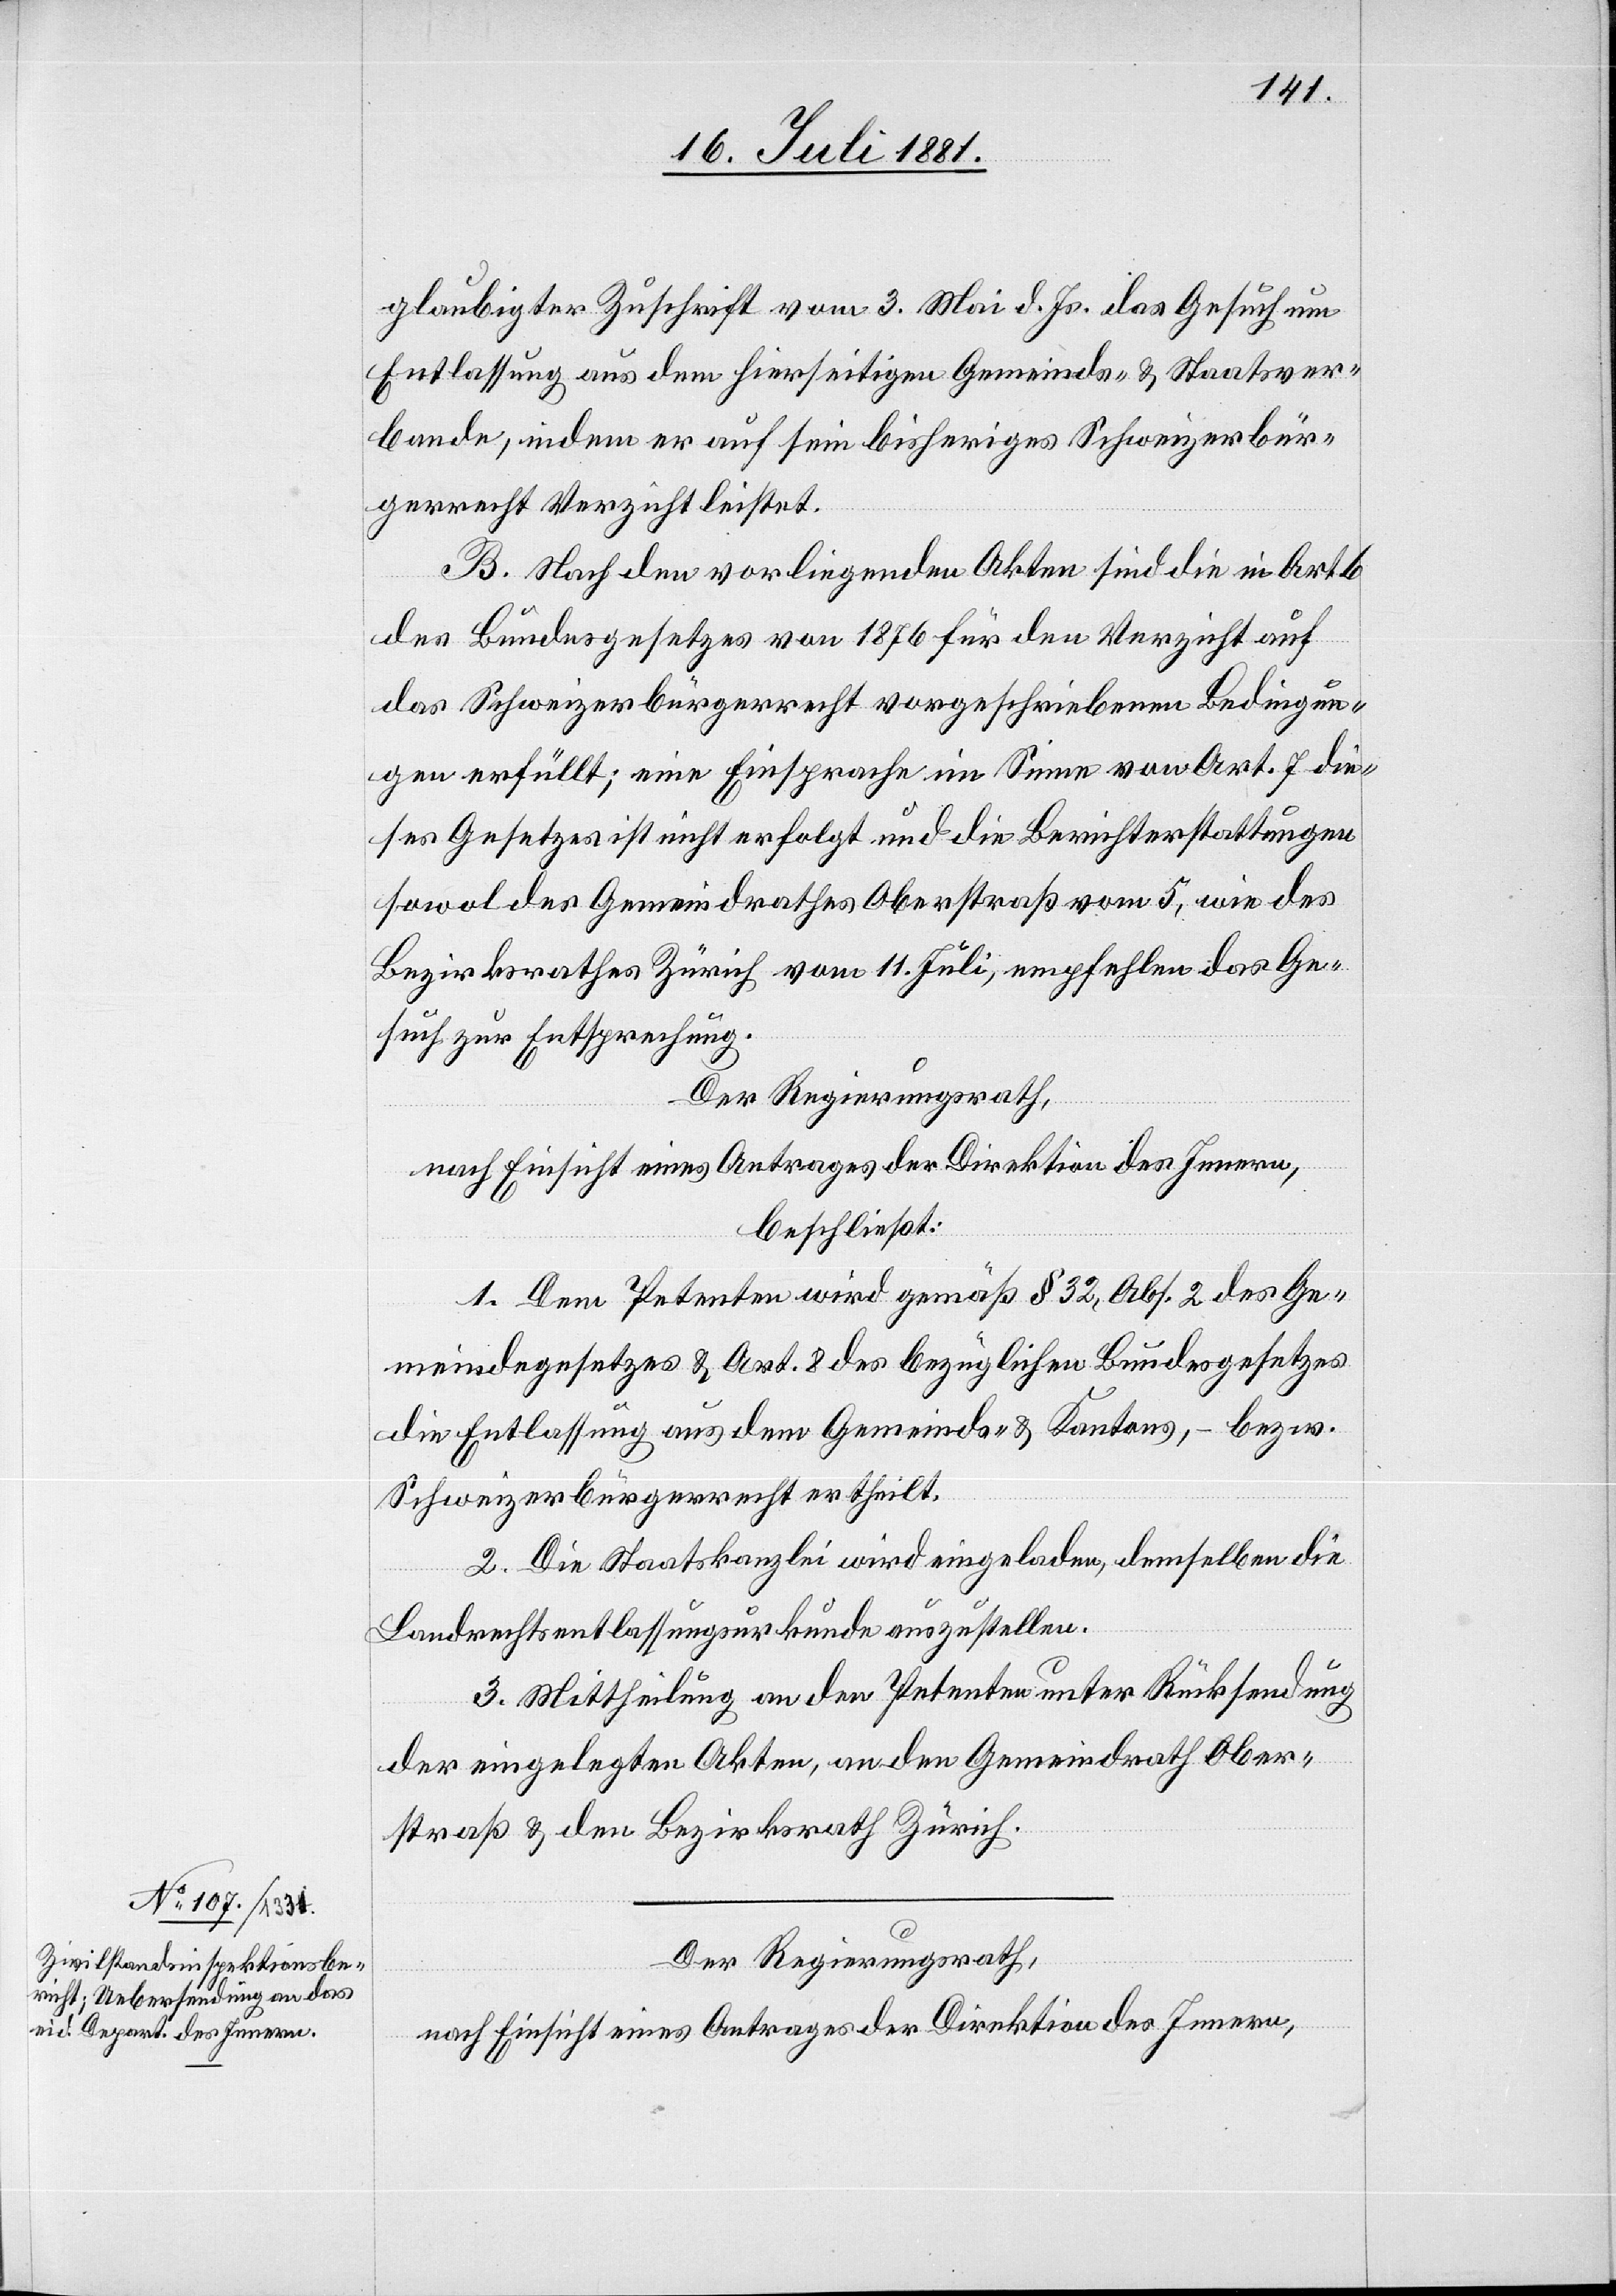
glaubigter Zuschrift vom 3. Mai d. Js. das Gesuch um
Entlassung aus dem hierseitigen Gemeinds- & Staatsver¬
bande, indem er auf sein bisheriges Schweizerbür¬
gerrecht Verzicht leistet.
B. Nach den vorliegenden Akten sind die in Art.
des Bundesgesetzes von 1876 für den Verzicht auf
das Schweizerbürgerrecht vorgeschriebenen Bedingun¬
gen erfüllt; eine Einsprache im Sinne von Art. 7 die¬
ses Gesetzes ist nicht erfolgt und die Berichterstattung
sowol des Gemeindrathes Oberstraß vom 5., wie des
Bezirksrathes Zürich vom 11. Juli, empfehlen das Ge¬
such zu Entsprechung.
Der Regierungsrath,
nach Einsicht eines Antrages der Direktion des Innern,
beschließt:
1. Dem Petenten wird gemäß § 32, Abs. 2 des Ge¬
meindegesetzes & Art. 8 des bezüglichen Bundesgesetzes
die Entlassung aus dem Gemeinds- & Kantons, – bezw.
Schweizerbürgerrecht ertheilt.
2. Die Staatskanzlei wird eingeladen, demselben die
Landrechtsentlassungsurkunde auszustellen.
3. Mittheilung an den Petenten unter Rücksendung
der eingelegten Akten, an den Gemeindrath Ober¬
straß & den Bezirksrath Zürich.
Der Regierungsrath,
nach Einsicht eines Antrages der Direktion des Innern,